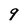
Character: 9